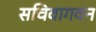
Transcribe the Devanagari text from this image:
सचिवागवन